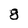
Character: 8